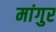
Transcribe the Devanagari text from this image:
मांगुर